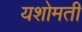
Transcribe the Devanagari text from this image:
यशोमती